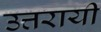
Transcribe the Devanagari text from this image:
उत्तरायी